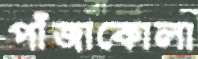
পাঁজাকোলা